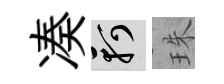
凑軻珠